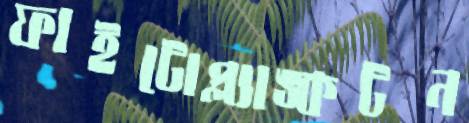
ফাইটোপ্ল্যাঙ্কটন